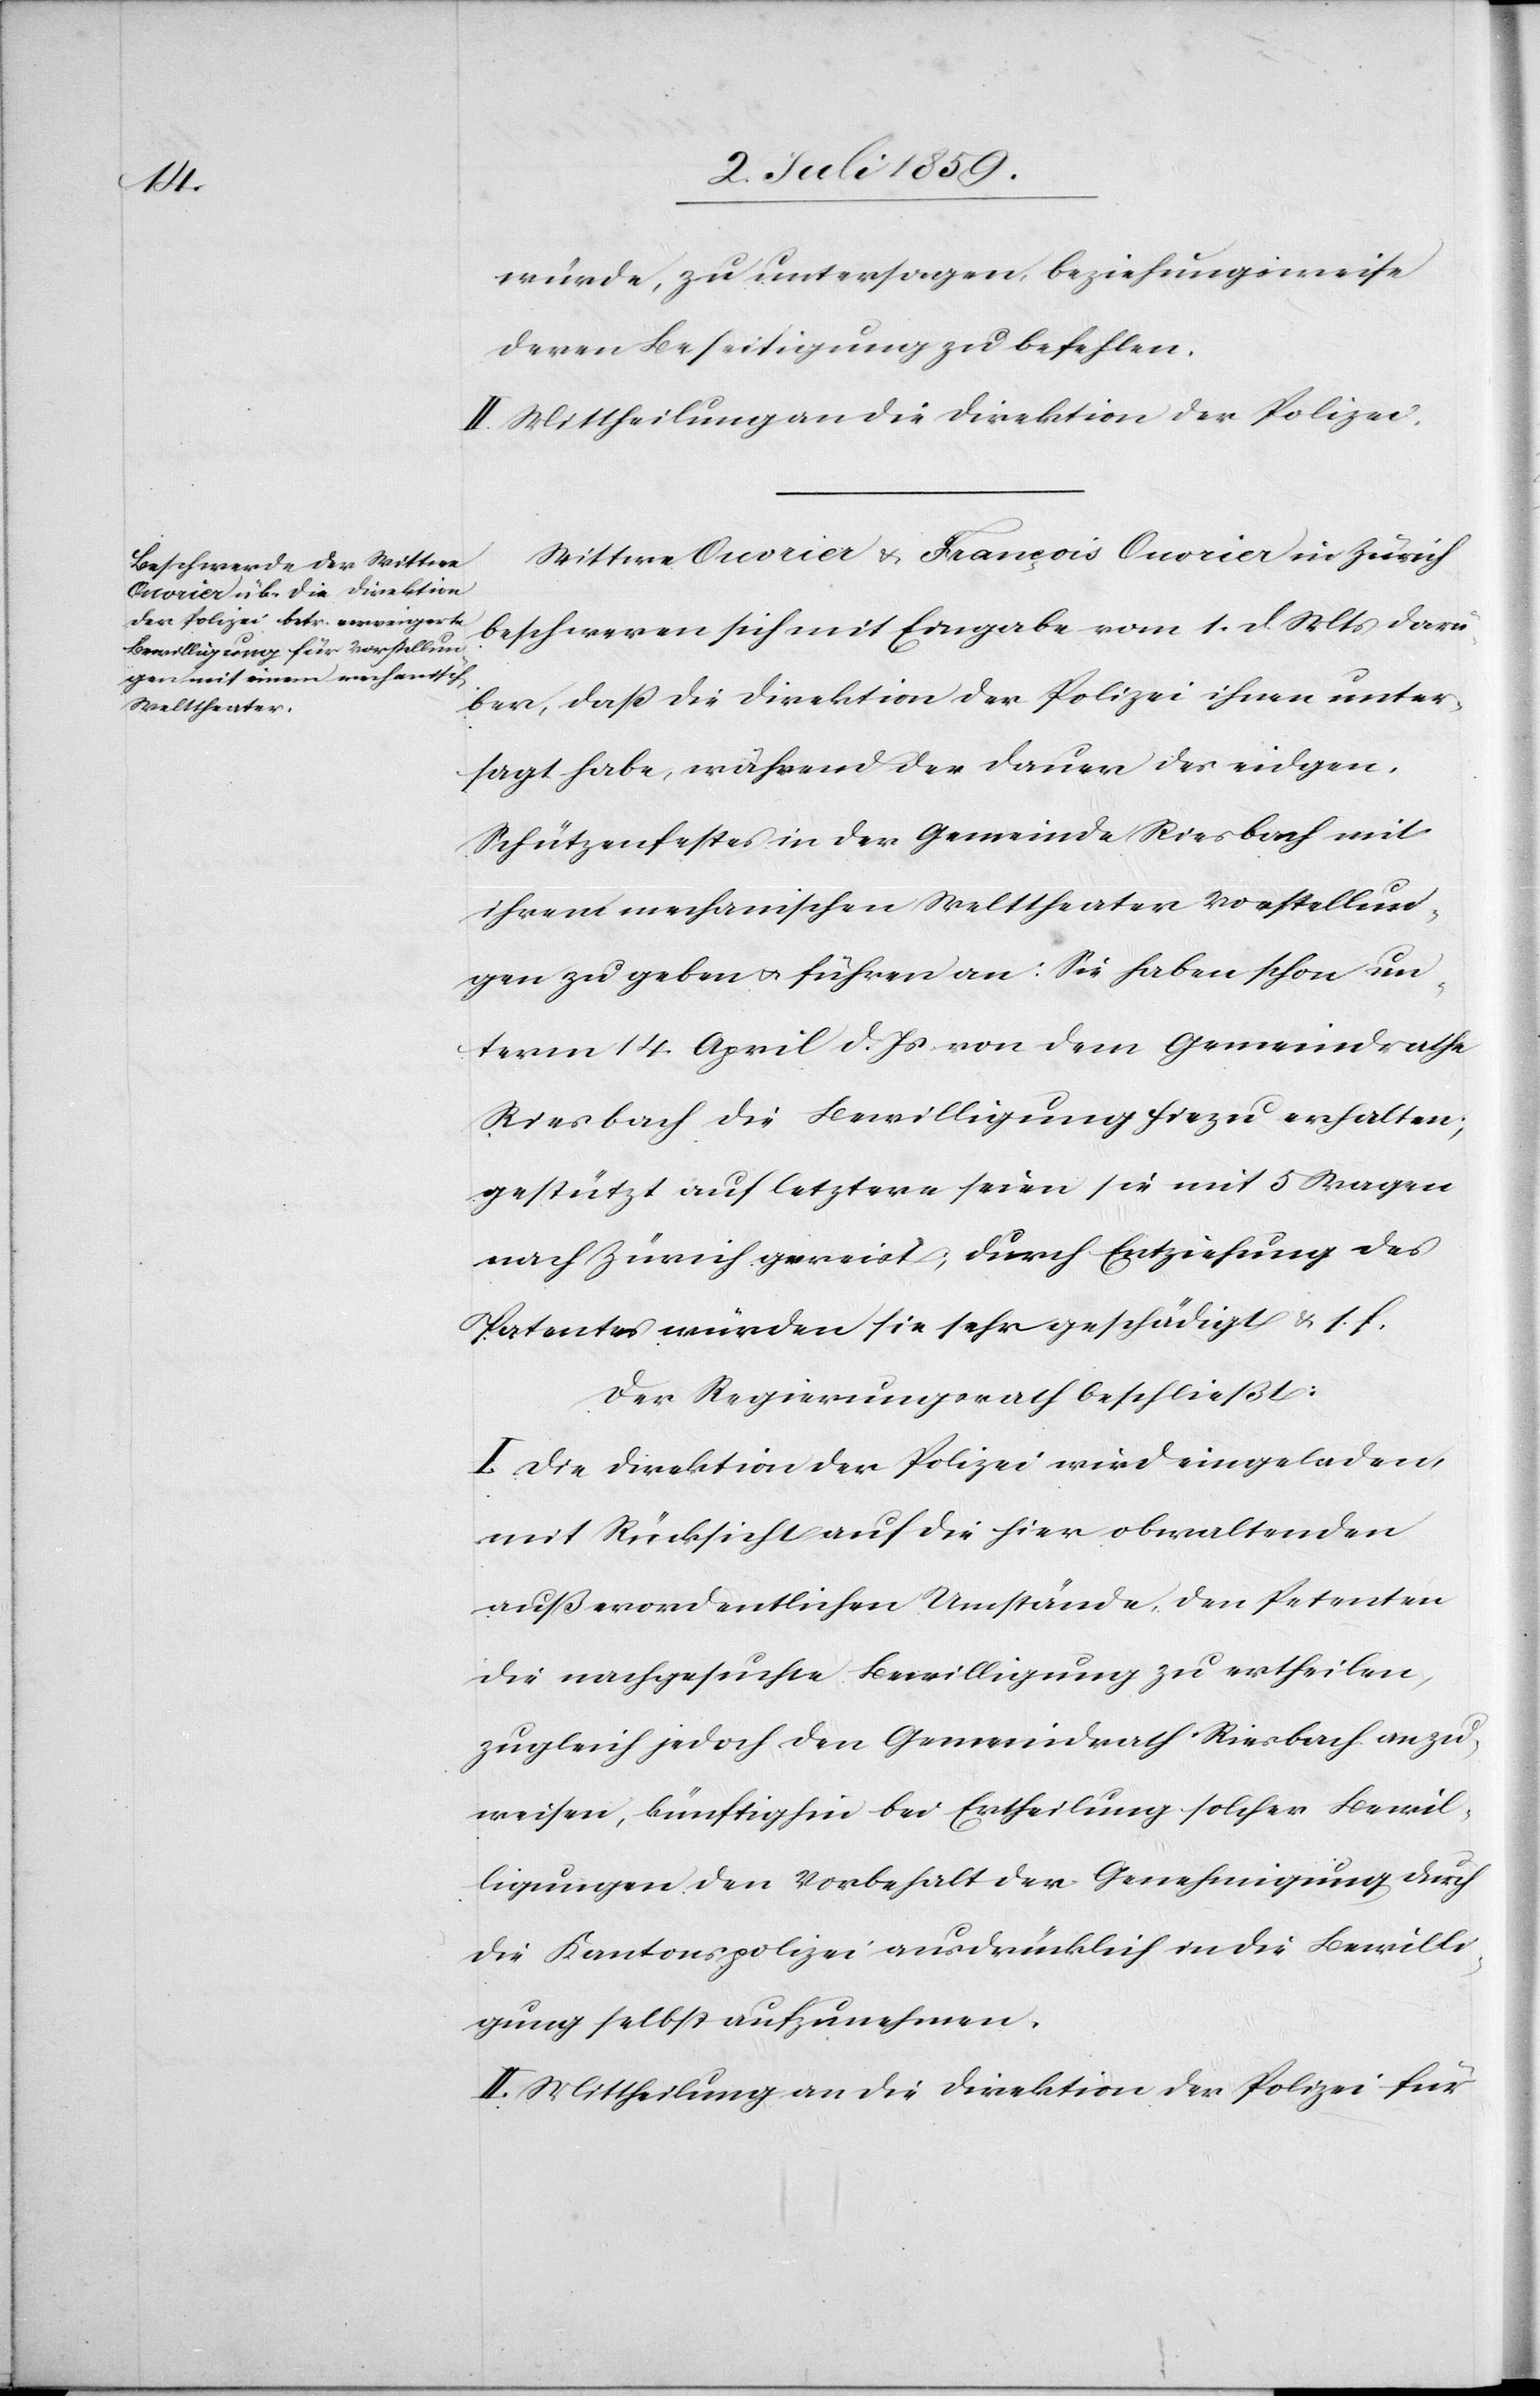
Welttheater

würde, zu untersagen, beziehungsweise
deren Beseitigung zu befehlen.
II. Mittheilung an die Direktion der Polizei.
Wittwe Onorier u. François Onorier in Zürich
beschweren sich mit Eingabe vom 1. d. Mts darü¬
ber, dass die Direktion der Polizei ihnen unter¬
sagt habe, während der Dauer des eidgen.
Schützenfestes in der Gemeinde Riesbach mit
unterm 14. April d. Js von dem Gemeindrathe
Riesbach die Bewilligung hiezu erhalten;
gestützt auf letztere seien sie mit 5 Wagen
nach Zürich gereist, durch Entziehung des
Patentes würden sie schon geschädigt u. s. f.
Der Regierungsrath beschließt:
I. Die Direktion der Polizei wird eingeladen,
mit Rücksicht auf die hier obwaltenden
außerordentlichen Umstände, den Petenten
die nachgesuchte Bewilligung zu ertheilen,
zugleich jedoch den Gemeindrath Riesbach anzu¬
weisen, künftighin bei Entscheidung solcher Bewil¬
ligungen den Vorbehalt der Genehmigung durch
die Kantonspolizei ausdrücklich in die Bewilli¬
gung selbst aufzunehmen.
II. Mittheilung an die Direktion der Polizei für